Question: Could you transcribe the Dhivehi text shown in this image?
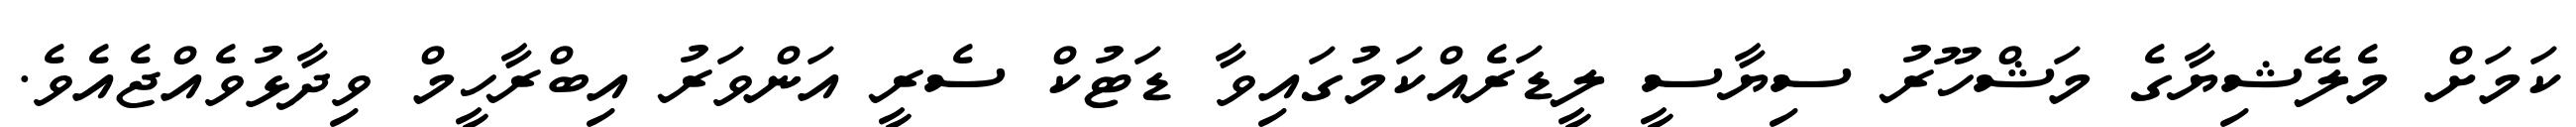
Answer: ކަމަށް މެލޭޝިޔާގެ މަޝްހޫރު ސިޔާސީ ލީޑަރެއްކަމުގައިވާ ޑަޓުކް ސެރީ އަންވަރު އިބްރާހީމް ވިދާޅުވެއްޖެއެވެ.